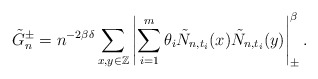
\begin{align*}\tilde G_n^\pm= n^{-2\beta\delta}\sum_{x,y\in\mathbb Z}\left|\sum_{i=1}^m\theta_i\tilde N_{ n,t_i}(x)\tilde N_{ n,t_i}(y)\right|_\pm^\beta.\end{align*}